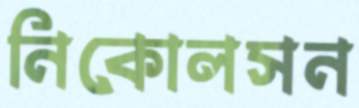
নিকোলসন